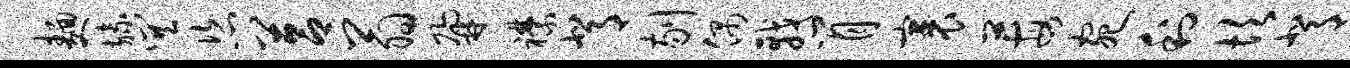
面旒巽恣莒翁鼐襟背剔偶戟肖裹莓宛利坎背